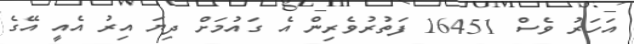
އަހަރު ވެސް 16451 ފަތުރުވެރިން އެ ގައުމަށް ދިޔަ އިރު އެއީ އޭގެ